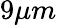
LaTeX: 9\mu m